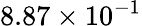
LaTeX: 8.87\times 10^{-1}